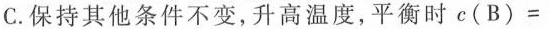
C.保持其他条件不变，升高温度，平衡时$$c ( B ) =